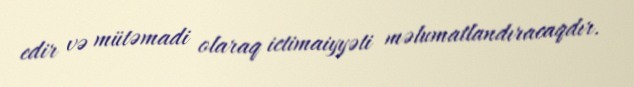
edir və mütəmadi olaraq ictimaiyyəti məlumatlandıracaqdır.